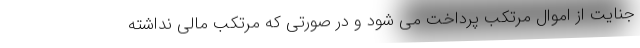
جنایت از اموال مرتکب پرداخت می شود و در صورتی که مرتکب مالی نداشته